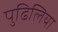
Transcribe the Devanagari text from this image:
पुढिलिया